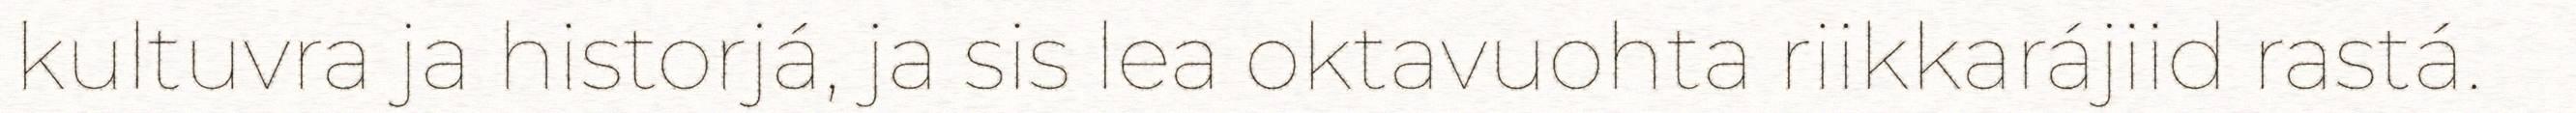
kultuvra ja historjá, ja sis lea oktavuohta riikkarájiid rastá.